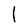
Character: l